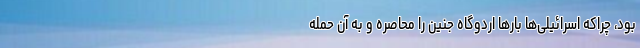
بود، چراکه اسرائیلی‌ها بارها اردوگاه جنین را محاصره و به آن حمله